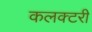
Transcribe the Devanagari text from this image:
कलक्टरी